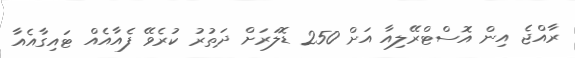
ރާއްޖެ އިން އޮސްޓްރޭލިއާ އަށް 250 ޑޮލަރަށް ދަތުރު ކުރެވޭ ފެއާއެއް ޓައިގާއެއާ